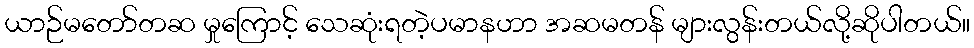
ယာဉ်မတော်တဆ မှုကြောင့် သေဆုံးရတဲ့ပမာနဟာ အဆမတန် များလွန်းတယ်လို့ဆိုပါတယ်။